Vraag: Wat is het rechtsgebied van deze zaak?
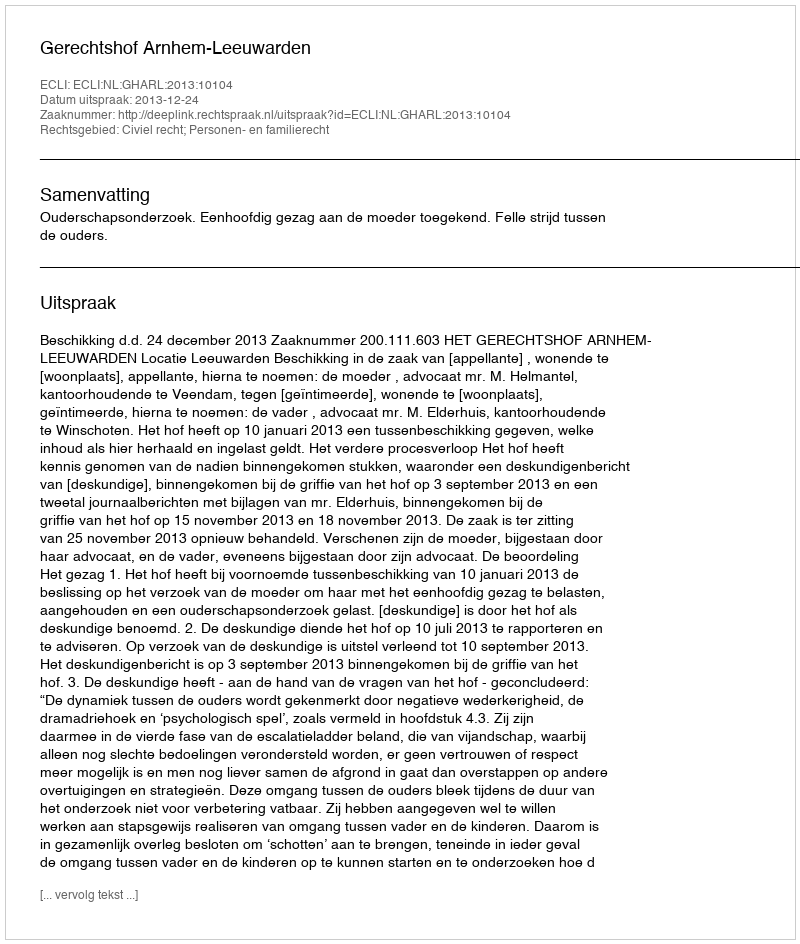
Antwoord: Civiel recht; Personen- en familierecht